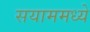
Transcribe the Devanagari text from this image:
सयाममध्ये